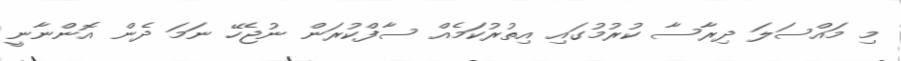
މި މައްސަލަ ދިރާސާ ކުރުމުގައި އިތުރުކަމެއް ސާފްކުރަން ނުޖެހޭ ނަމަ ދެން އޮންނާނީ